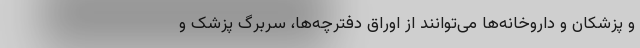
و پزشکان و داروخانه‌ها می‌توانند از اوراق دفترچه‌ها، سربرگ پزشک و